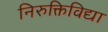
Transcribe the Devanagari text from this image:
निरुक्तिविद्या